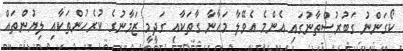
ކޯގަންނު ގަބުރުސްތާނުގައި އެންމެ އެވޭލާ މަހާނާ ގާތަކާއި ގަދީމީ ޒަމާނުގެ ކުރެހުންތަކާއި ލިޔުންތައް